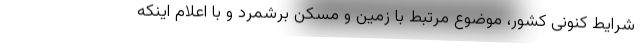
شرایط کنونی کشور، موضوع مرتبط با زمین و مسکن برشمرد و با اعلام اینکه